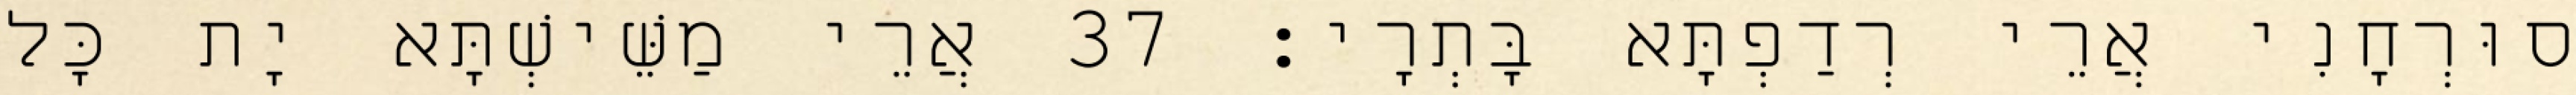
סוּרְחָנִי אֲרֵי רְדַפְתָּא בָּתְרָי׃ 37 אֲרֵי מַשֵּׁישְׁתָּא יָת כָּל